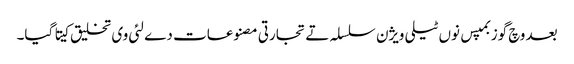
بعد وچ گوزبمپس نو‏‏ں ٹیلی ویژن سلسلہ تے تجارتی مصنوعات دے لئی وی تخلیق کیتا گیا۔